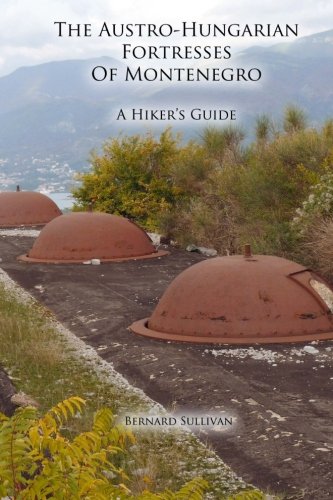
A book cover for The Austro-Hungarian Fortresses of Montenegro: A Hiker's Guide; Bernard Sullivan; Travel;